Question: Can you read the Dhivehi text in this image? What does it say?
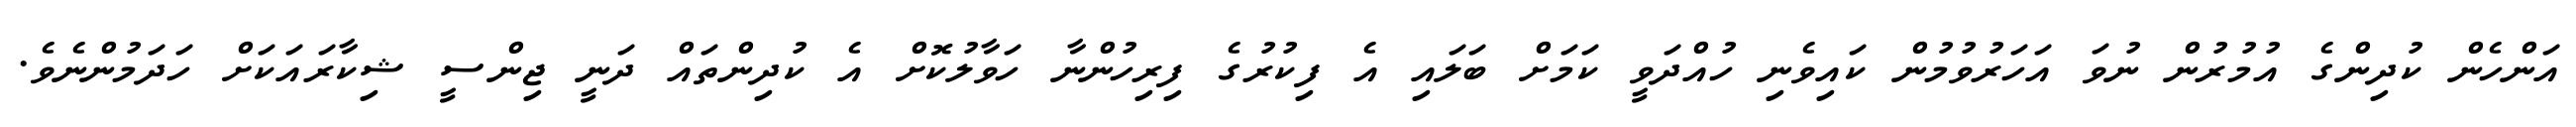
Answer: އަންހެން ކުދިންގެ އުމުރުން ނުވަ އަހަރުވުމުން ކައިވެނި ހުއްދަވީ ކަމަށް ބަލައި އެ ފިކުރުގެ ފިރިހުންނާ ހަވާލުކޮށް އެ ކުދިންތައް ދަނީ ޖިންސީ ޝިކާރައަކަށް ހަދަމުންނެވެ.